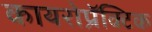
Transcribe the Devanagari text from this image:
कायरोप्रॅक्टिक